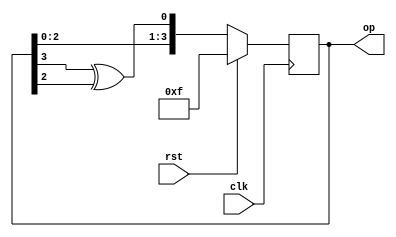
module LFSR(input clk, rst, output reg [3:0] op);
  always@(posedge clk) begin
    if(rst) op <= 4'hf;
    else op = {op[2:0],(op[3]^op[2])};
  end
endmodule

module TB;
  reg clk, rst;
  wire [3:0]op;
  
  LFSR lfsr1(clk, rst, op);
  
  initial begin
    $monitor("op=%b",op);
    clk = 0; rst = 1;
    #5 rst = 0;
    #50; $finish;
  end
  
  always #2 clk=~clk;
  
  initial begin 
    $dumpfile("dump.vcd"); $dumpvars;
  end
endmodule